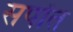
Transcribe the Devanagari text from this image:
सर्पांत